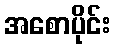
အစောပိုင်း